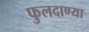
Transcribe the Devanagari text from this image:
फुलदाण्या